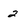
Character: 2